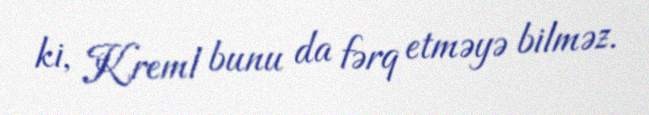
ki, Kreml bunu da fərq etməyə bilməz.